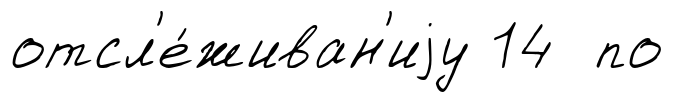
отсл'е́живан'иjу 14 по